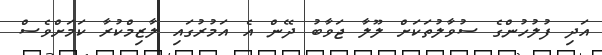
އަދި ފުލުހުންގެ ސުވާލުތަކަށް ލޫލާ ޖަވާބު ދޭން އެ އަމުރުގައި ލާޒިމްކުރާ ކަމަށްވެސް